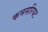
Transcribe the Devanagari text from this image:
कमसरियट